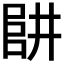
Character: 𠁲